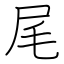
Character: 尾